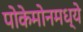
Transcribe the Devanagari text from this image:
पोकेमोनमध्ये